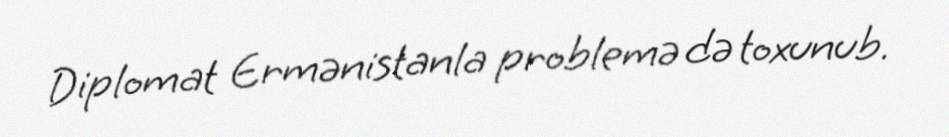
Diplomat Ermənistanla problemə də toxunub.